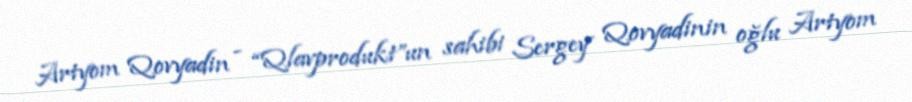
Artyom Qovyadin - “Qlavprodukt”un sahibi Sergey Qovyadinin oğlu Artyom